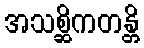
အသစ္ဆိကတန္တိ